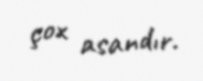
çox asandır.